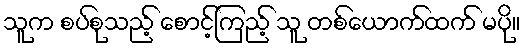
သူက စပ်စုသည့် စောင့်ကြည့် သူ တစ်ယောက်ထက် မပို။